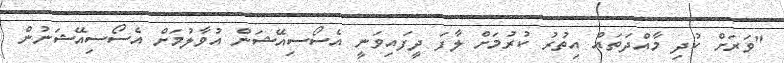
"ވަރަށް ކުދި މާއްދަތައް އިތުރު ކުރުމަށް ލާފަ ދީފައިވަނީ އެސޯސިއޭޝަން އުވާލުމަށް އެސޯސިއޭޝަނުން